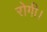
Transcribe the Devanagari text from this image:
रोगी।